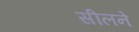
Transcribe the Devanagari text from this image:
सीलने